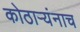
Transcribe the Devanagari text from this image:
कोठार्‍यंनाच